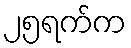
၂၅ရက်က